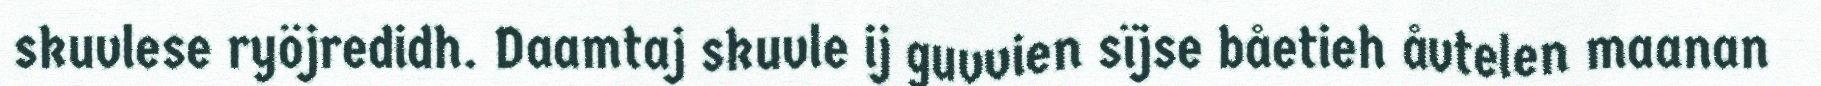
skuvlese ryöjredidh. Daamtaj skuvle ij guvvien sïjse båetieh åvtelen maanan